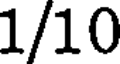
1/10